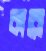
কারো